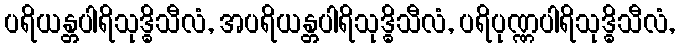
ပရိယန္တပါရိသုဒ္ဓိသီလံ, အပရိယန္တပါရိသုဒ္ဓိသီလံ, ပရိပုဏ္ဏပါရိသုဒ္ဓိသီလံ,